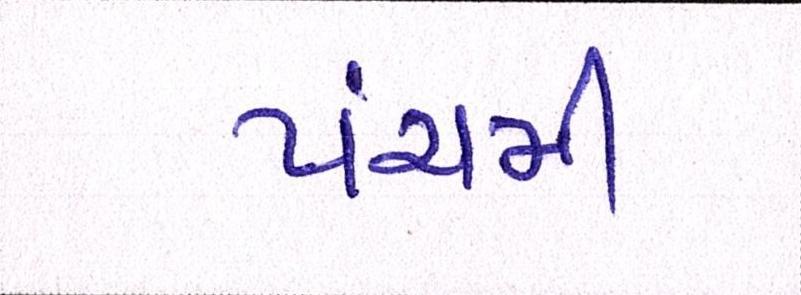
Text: પંચમી